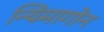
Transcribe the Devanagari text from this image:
न्यिमागोन